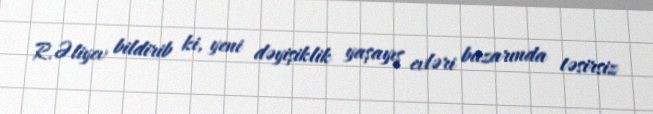
R.Əliyev bildirib ki, yeni dəyişiklik yaşayış evləri bazarında təsirsiz